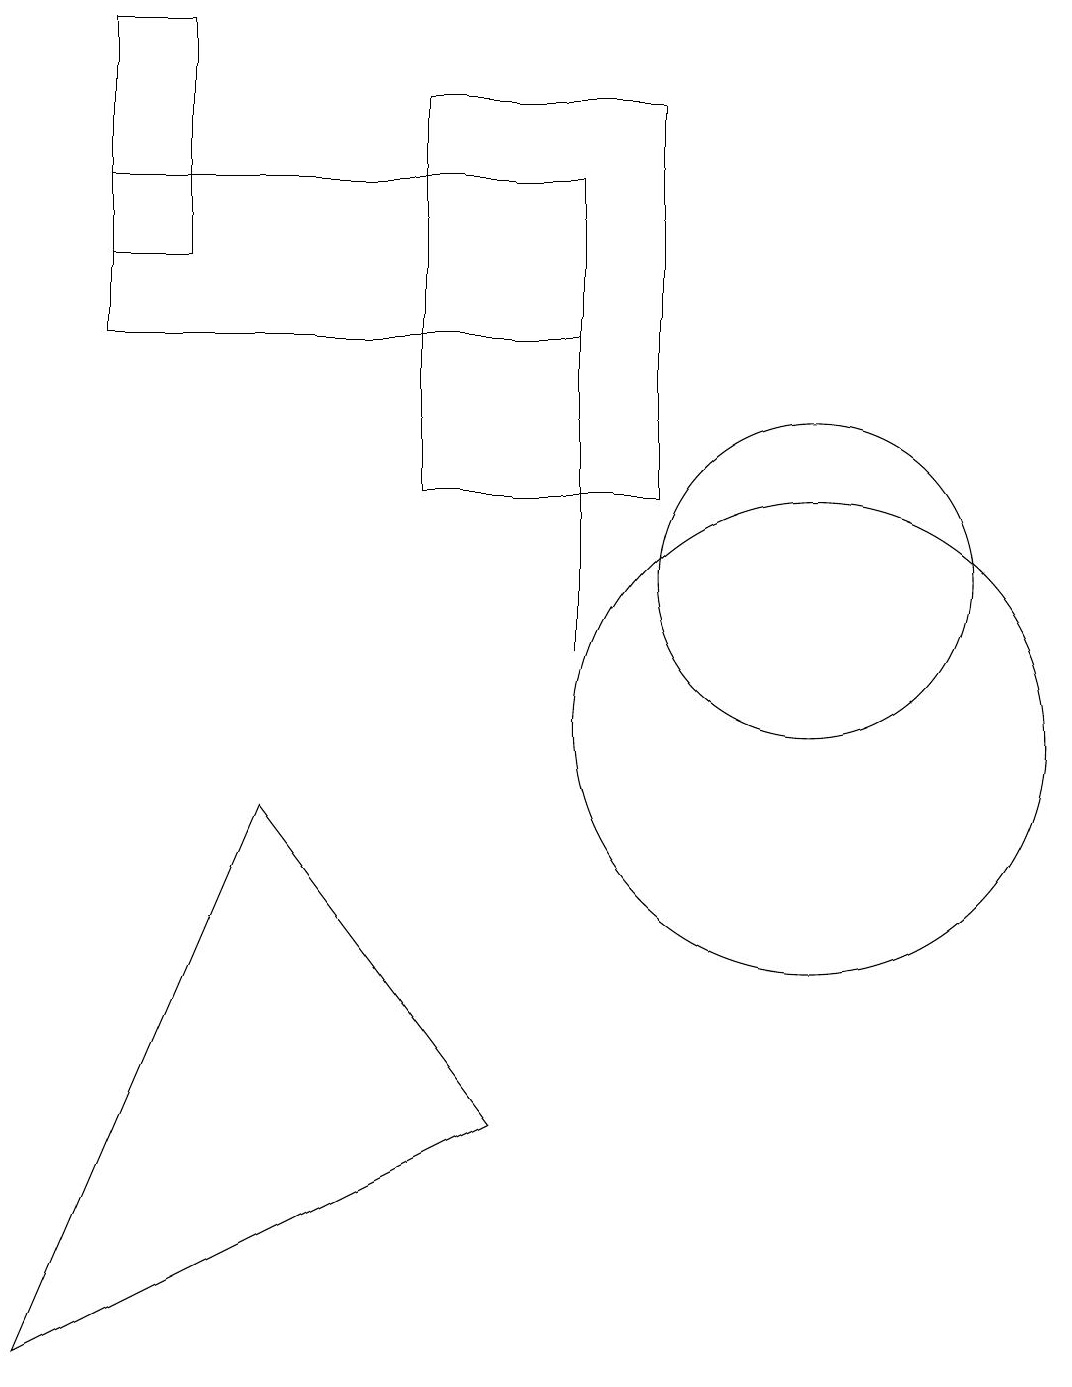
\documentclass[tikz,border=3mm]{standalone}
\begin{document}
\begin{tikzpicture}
\draw (11,12) circle (2);
\draw (6,13) rectangle (9,18);
\draw (2,15) rectangle (8,17);
\draw (11,10) circle (3);
\draw (8,11) rectangle (8,15);
\draw (1,2) -- (7,5) -- (4,9) -- cycle;
\draw (3,19) rectangle (2,16);
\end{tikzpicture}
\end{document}